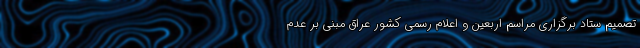
تصمیم ستاد برگزاری مراسم اربعین و اعلام رسمی کشور عراق مبنی بر عدم